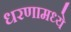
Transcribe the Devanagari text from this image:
धरणामध्ये